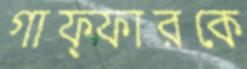
গাফ্ফারকে